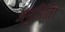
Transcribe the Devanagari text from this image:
अनुमिति।